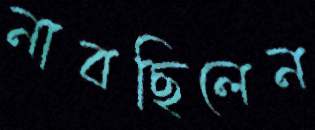
নাবছিলেন